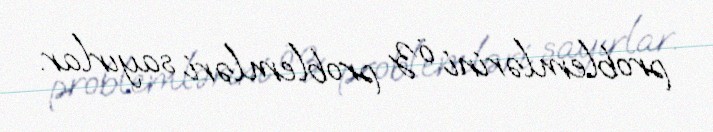
problemlərini öz problemləri sayırlar.